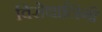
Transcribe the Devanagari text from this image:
विरोधालिंगी